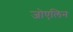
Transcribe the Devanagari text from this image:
जोएलिन